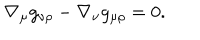
\nabla _ { \mu } g _ { \nu \rho } - \nabla _ { \nu } g _ { \mu \rho } = 0 .